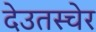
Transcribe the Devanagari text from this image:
देउतस्चेर